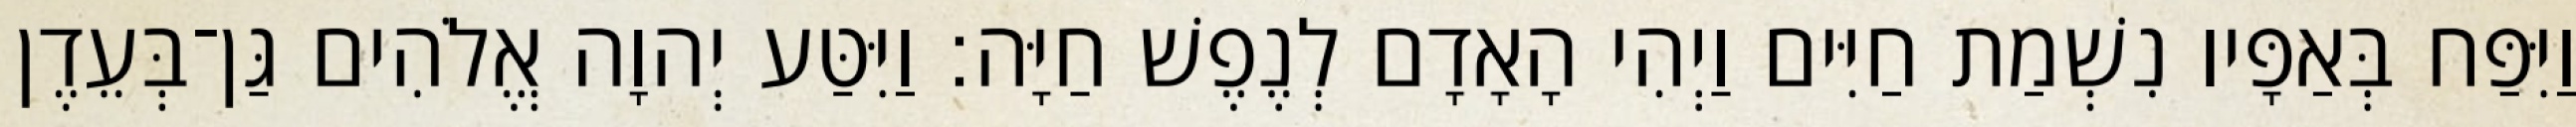
וַיִּפַּח בְּאַפָּיו נִשְׁמַת חַיִּים וַיְהִי הָאָדָם לְנֶפֶשׁ חַיָּה׃ וַיִּטַּע יְהוָה אֱלֹהִים גַּן־בְּעֵדֶן